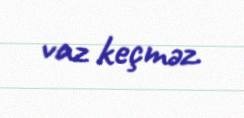
vaz keçməz.